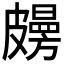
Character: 𥀤